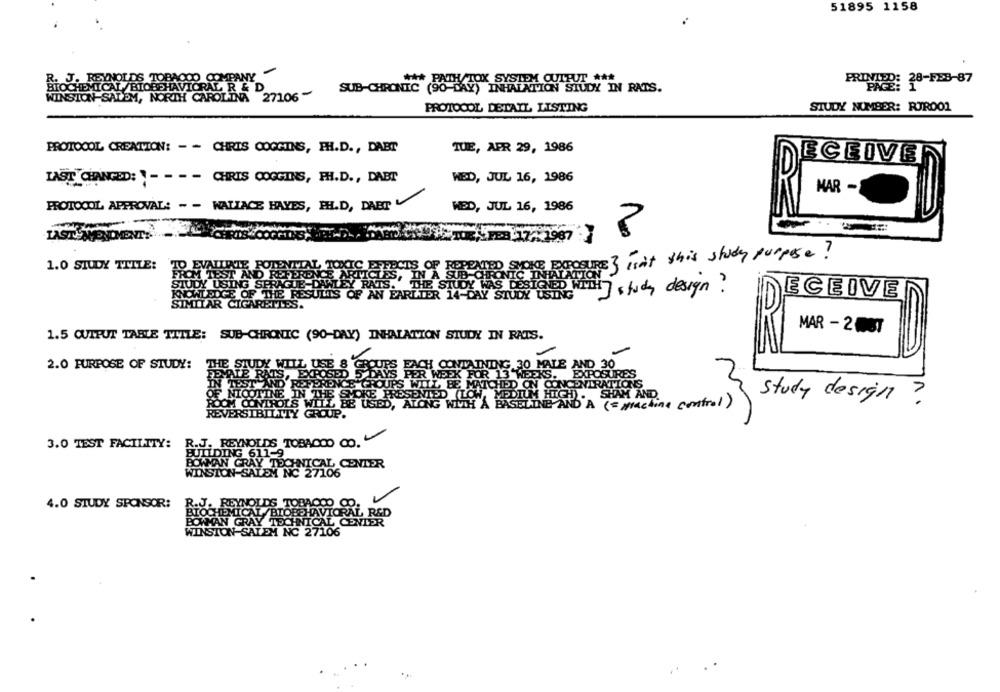
51895 1158
R. J. REYNOLDS TOBACCO COMPANY
SUB-CHRONTIC
*** PATH TOX SYSTEM CUIPUT ***
02: 28-FEB-87
BIOCHEMICAL /BIOBEHAVIORAL R & D
INHALATION STUDY IN RATS.
WINSTON-SALEM, NORTH CAROLINA 27106-
PROTOCOL DETAIL LISTING
STUDY NUMBER: RORDO1
PROTOCOL CREATION: - - CHRIS COGGINS, PH.D ., DAETT
TUE, APR 29, 1986
ECEIVE
LAST CHANGED: "- - - - CHRIS COGGINS, PH.D ., DABT
WED, JUL 16, 1986
MAR -
PROTOCOL APPROVAL: - - WALLACE HAYES, PH.D, DAET
WED, JUL 16, 1986
no
1987
SURE 3 isn't this study purpose ?
EVAITIAT
1.0 STUDY TITLE:
TOXIC EFFECTS OF REPEATED SMOKE EXPOS
TEST
"ARTICLES, IN A SUB CHRONIC INHALATT
QUE
THE STUDY WAS DESIGNED WI
WLEY RATS.
LIS OF AN EARLIER 14-DAY STUDY USING
J study design ?
ECEIVE
MAR - 2007
1.5 OUTPUT TABLE TITLE: SUB-CHRONIC (90-DAY) INHALATION STUDY IN RATS.
2.0 PURPOSE OF STUDY:
E 8
FACH CONTAINING 30 MALE AND 30
OSED 5 DAY
IS PER WEEK FOR 13 WEEKS. EXPOSURES
RENCE GROUPS WILL BE MATCHED ON CONCENTRATIONS
THE SMOKE PRESENTED (LOW.
MEDIUM HIGH). SHAM AND
study design ?
BE USED, ALONG WITH A BASELINE AND A (= Machine control)
REVERSIB
OUP.
R.J. REYNOLDS TOBACCO CO.
3.0 TEST FACILITY:
BUILDING 611-9
BOWMAN GRAY TECHNICAL CENTER
WINSTON-SALEM NC 27106
4.0 STUDY SPONSOR:
R.J. REYNOLDS TOBACCO CO.
BIOCHEMICAL /BIOBEHAVIORAL R&D
BOWMAN GRAY TECHNICAL CENTER
WINSTON-SALEM NC 27106